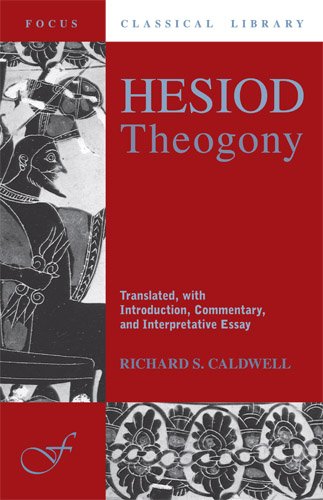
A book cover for Hesiod's Theogony (Focus Classical Library); Hesiod; Literature & Fiction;